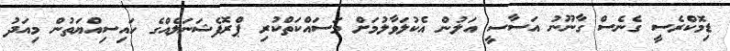
ޑިމޮކްރެސީ ގެނެސް ގާނޫނު އަސާސީ އަލުން އެކުލަވާލުމަށް މަސައްކަތްކުރި ޕްރޮފެޝަނަލެއްގެ ހައިސިއްޔަތުން މިއަދު